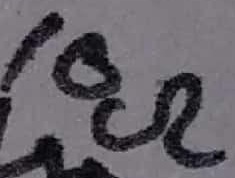
Text: 10Ω